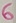
Text: 6